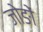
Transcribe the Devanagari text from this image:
जोङों